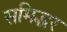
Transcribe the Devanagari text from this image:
समिद्धर